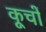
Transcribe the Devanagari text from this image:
कूचों